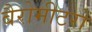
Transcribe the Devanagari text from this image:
बैरोमीटरों